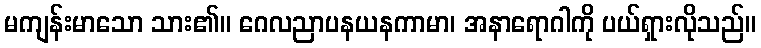
မကျန်းမာသော သား၏။ ဂေလညာပနယနကာမာ၊ အနာရောဂါကို ပယ်ရှားလိုသည်။